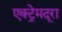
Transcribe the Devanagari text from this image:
एक्ट्रेमदूरा